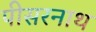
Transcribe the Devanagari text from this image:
पीसरनाथ